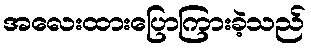
အလေးထားပြောကြားခဲ့သည်